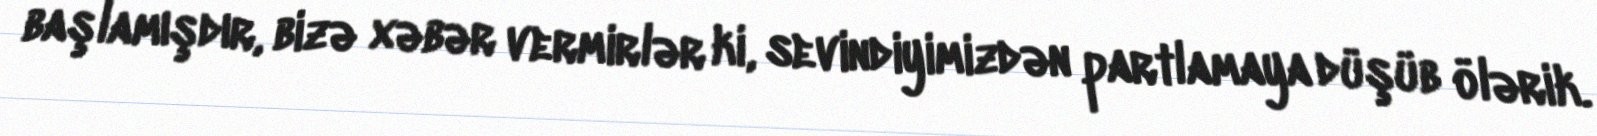
başlamışdır, bizə xəbər vermirlər ki, sevindiyimizdən partlamaya düşüb ölərik.